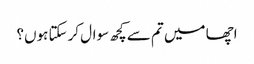
اچھا میں تم سے کچھ سوال کرسکتا ہوں؟